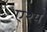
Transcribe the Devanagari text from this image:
एश्य